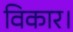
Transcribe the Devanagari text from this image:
विकार।